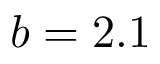
b = 2 . 1